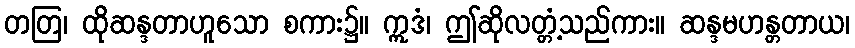
တတြ၊ ထိုဆန္ဒတာဟူသော စကား၌။ ဣဒံ၊ ဤဆိုလတ္တံ့သည်ကား။ ဆန္ဒမဟန္တတာယ၊